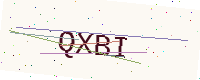
Text: QXBI